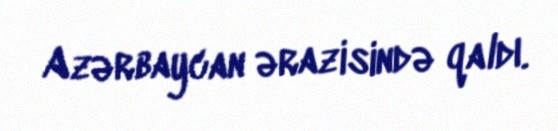
Azərbaycan ərazisində qaldı.